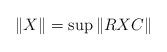
LaTeX: \begin{align*}\|X\|=\sup \|RXC\|\end{align*}